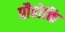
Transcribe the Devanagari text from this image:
प्रौढोक्ति